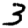
Digit: 3